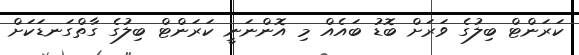
ކަރަންޓް ބިލުގެ ވަރަށް ބޮޑު ބައެއް މި އޮންނަނީ ކަރަންޓް ބިލުގެ ގާތްގަނޑަކަށް